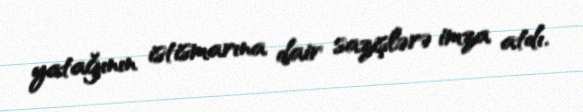
yatağının istismarına dair sazişlərə imza atdı.